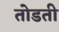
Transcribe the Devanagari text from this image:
तोडती